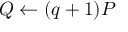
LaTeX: Q \leftarrow ( q + 1 ) P